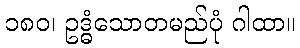
၁၈၀၊ ဥဒ္ဓံသောတမည်ပုံ ဂါထာ။